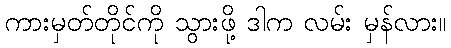
ကားမှတ်တိုင်ကို သွားဖို့ ဒါက လမ်း မှန်လား။